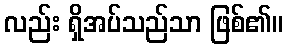
လည်း ရှိအပ်သည်သာ ဖြစ်၏။